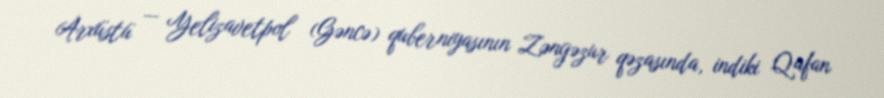
Arxüstü — Yelizavetpol (Gəncə) quberniyasının Zəngəzur qəzasında, indiki Qafan